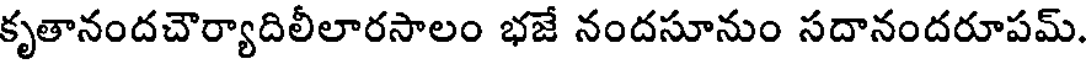
కృతానందచౌర్యాదిలీలారసాలం భజే నందసూనుం సదానందరూపమ్.